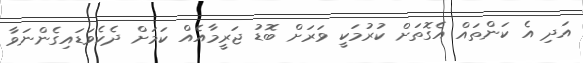
އަދި އެ ކަންތައް އެގޮތަށް ކުރުމަކީ ވަރަށް ބޮޑު ޖަރީމާއެއް ކަމަށް ދެކެވަޑައިގެންނަވާ